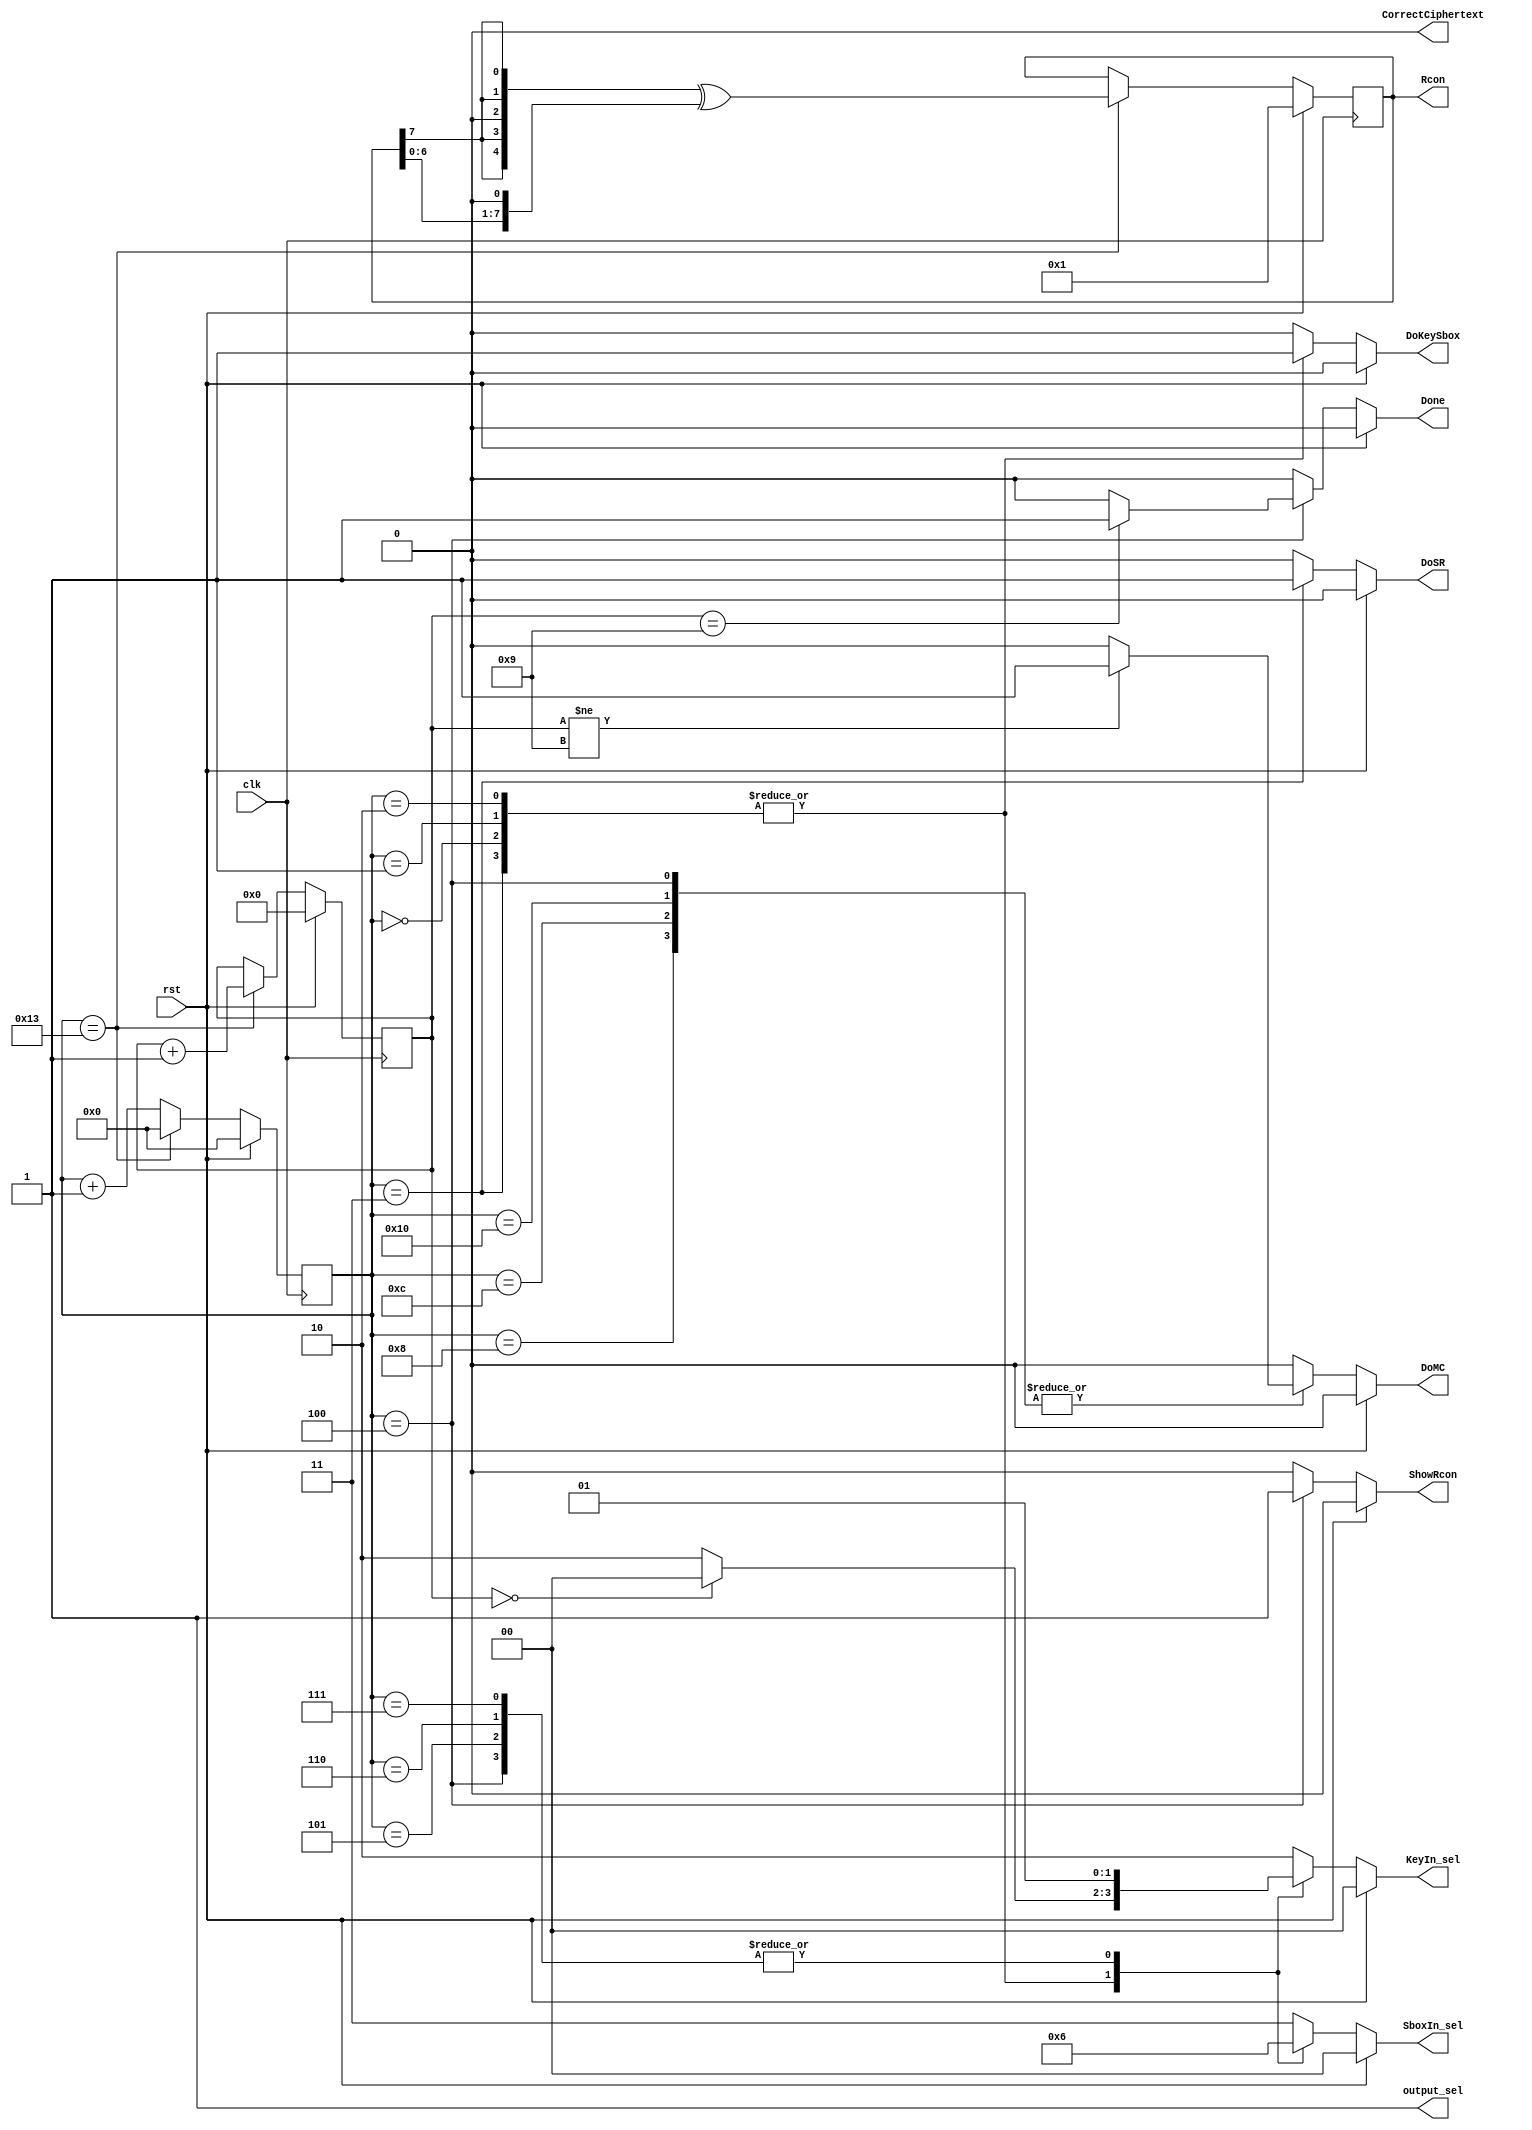
module Controller(
    input clk,
    input rst,
	 output reg ShowRcon,
	 output reg DoSR,
    output reg DoMC,
	 output reg DoKeySbox,
	 output reg Done,
	 output reg CorrectCiphertext,
	 output reg output_sel,
	 output reg [1:0] KeyIn_sel,
	 output reg [1:0] SboxIn_sel,
	 output reg [7:0] Rcon
    );
		
	reg [3:0] RoundCounter;
	reg [5:0] PerRoundCounter;
	reg [7:0] Rcon_Reg;
	wire [7:0] Rcon_x2;
	
	wire [7:0] conditionalXOR;
	wire [7:0] ShiftedData;
	
	parameter FinalRoundNumber = 9;
	
	assign conditionalXOR = {3'b000, Rcon_Reg[7], Rcon_Reg[7], 1'b0, Rcon_Reg[7], Rcon_Reg[7]};
	assign ShiftedData = {Rcon_Reg[6:0], 1'b0};
	assign Rcon_x2 = conditionalXOR ^ ShiftedData;
	
	always @(posedge clk) begin
		if (rst) begin
			RoundCounter <= 0;
			PerRoundCounter <= 0;
			Rcon_Reg <= 1;
		end
		else begin
			PerRoundCounter <= PerRoundCounter + 1;
			
			if(PerRoundCounter == 19) begin
				RoundCounter <= RoundCounter + 1;
				PerRoundCounter <= 0;
				Rcon_Reg <= Rcon_x2;
			end

		end
	end
	
	always @(*) begin
		Rcon 					= Rcon_Reg;
		DoSR 					= 0;
		DoMC 					= 0;
		DoKeySbox			= 0;
		KeyIn_sel			= 2;
		SboxIn_sel			= 3;
		ShowRcon				= 0;
		output_sel			= 1;
		CorrectCiphertext = 0;
		Done              = 0;
		
		if (rst) begin
			DoKeySbox			= 0;
			KeyIn_sel			= 0;
			SboxIn_sel			= 0;
		end
		else begin				
			case (PerRoundCounter)
				5'd0: begin
							DoKeySbox = 1;
							SboxIn_sel			= 1;
							if(RoundCounter == 0) KeyIn_sel			= 0;
						end
				5'd1: begin
							DoKeySbox = 1;
							SboxIn_sel			= 1;
							if(RoundCounter == 0) KeyIn_sel			= 0;
						end
						
				5'd2: begin
							DoKeySbox = 1;
							SboxIn_sel			= 1;
							
							if(RoundCounter == 0) KeyIn_sel			= 0;
						end
				5'd3: begin
							DoSR = 1;
							
							DoKeySbox = 1;
							SboxIn_sel			= 1;
							if(RoundCounter == 0) KeyIn_sel			= 0;
							
						end
				5'd4: begin
							if(RoundCounter == FinalRoundNumber) Done = 1;
							KeyIn_sel			= 1;
							SboxIn_sel			= 2;
							ShowRcon				= 1;
							if(RoundCounter != FinalRoundNumber) DoMC = 1;
						end
				5'd5: begin
							KeyIn_sel			= 1;
							SboxIn_sel			= 2;
						end
						
				5'd6: begin
							KeyIn_sel			= 1;
							SboxIn_sel			= 2;
						end
				5'd7: begin
							KeyIn_sel			= 1;
							SboxIn_sel			= 2;
							
						end
				5'd8: begin
							if(RoundCounter != FinalRoundNumber) DoMC = 1;
						end
						
				5'd12: begin
							if(RoundCounter != FinalRoundNumber) DoMC = 1;
						end
			

				5'd16: begin
							if(RoundCounter != FinalRoundNumber) DoMC = 1;
						end

				default : begin
								DoSR 					= 0;
								DoMC 					= 0;
								DoKeySbox			= 0;	
								ShowRcon				= 0;	
							 end
			endcase
		end
	end 
	
	
	
endmodule